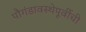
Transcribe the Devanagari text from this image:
पौगंडावस्थेपूर्वीची